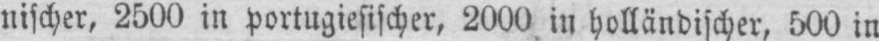
nischer, 2500 in portugiesischer, 2000 in holländischer, 500 in